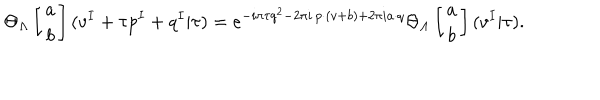
\Theta _ { \Lambda } \left[ \begin{array} { c } { { a } } \\ { { b } } \\ \end{array} \right] ( v ^ { I } + \tau p ^ { I } + q ^ { I } | \tau ) = e ^ { - i \pi \tau q ^ { 2 } - 2 \pi i \, p \cdot ( v + b ) + 2 \pi i a \cdot q } \Theta _ { \Lambda } \left[ \begin{array} { c } { { a } } \\ { { b } } \\ \end{array} \right] ( v ^ { I } | \tau ) .